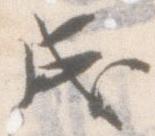
成